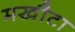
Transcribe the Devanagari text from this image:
मखौटा